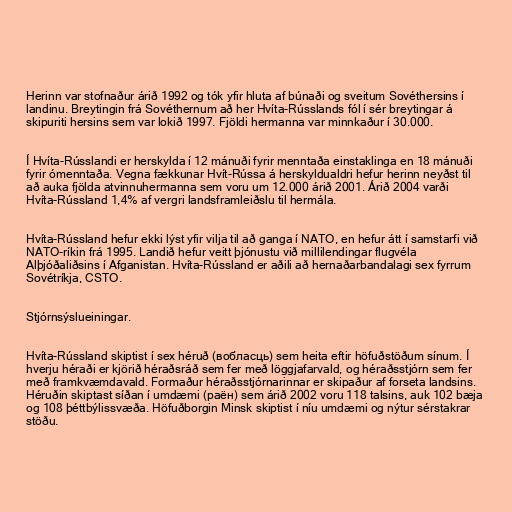
Herinn var stofnaður árið 1992 og tók yfir hluta af búnaði og sveitum Sovéthersins í
landinu. Breytingin frá Sovéthernum að her Hvíta-Rússlands fól í sér breytingar á
skipuriti hersins sem var lokið 1997. Fjöldi hermanna var minnkaður í 30.000.

Í Hvíta-Rússlandi er herskylda í 12 mánuði fyrir menntaða einstaklinga en 18 mánuði
fyrir ómenntaða. Vegna fækkunar Hvít-Rússa á herskyldualdri hefur herinn neyðst til
að auka fjölda atvinnuhermanna sem voru um 12.000 árið 2001. Árið 2004 varði
Hvíta-Rússland 1,4% af vergri landsframleiðslu til hermála.

Hvíta-Rússland hefur ekki lýst yfir vilja til að ganga í NATO, en hefur átt í samstarfi við
NATO-ríkin frá 1995. Landið hefur veitt þjónustu við millilendingar flugvéla
Alþjóðaliðsins í Afganistan. Hvíta-Rússland er aðili að hernaðarbandalagi sex fyrrum
Sovétríkja, CSTO.

Stjórnsýslueiningar.

Hvíta-Rússland skiptist í sex héruð (вобласць) sem heita eftir höfuðstöðum sínum. Í
hverju héraði er kjörið héraðsráð sem fer með löggjafarvald, og héraðsstjórn sem fer
með framkvæmdavald. Formaður héraðsstjórnarinnar er skipaður af forseta landsins.
Héruðin skiptast síðan í umdæmi (раён) sem árið 2002 voru 118 talsins, auk 102 bæja
og 108 þéttbýlissvæða. Höfuðborgin Minsk skiptist í níu umdæmi og nýtur sérstakrar
stöðu.